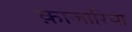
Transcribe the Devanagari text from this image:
क़ाजारिया